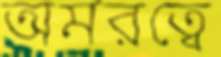
অমরত্বে